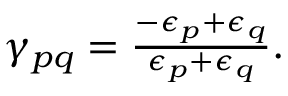
\begin{array} { r } { \gamma _ { p q } = \frac { - \epsilon _ { p } + \epsilon _ { q } } { \epsilon _ { p } + \epsilon _ { q } } . } \end{array}